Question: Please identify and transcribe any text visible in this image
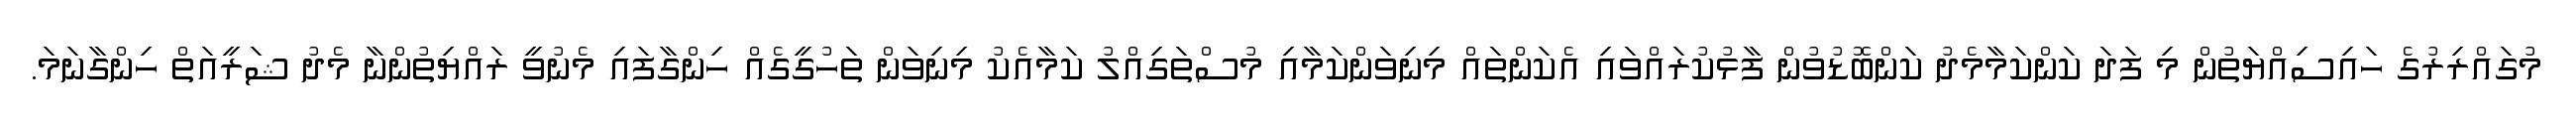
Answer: މުގައްރިރުގެ ހައިސިއްޔަތުން މި ފަދަ ކަންކަމާމެދު ކަންބޮޑުވުން ފާޅުކުރައްވައި އެކަންތައް މިނިވަންކަމާއި މުސްތަގިއްލު ކަމާއެކު މިނިވަން ތަހުގީގެއް ހިންގާފައި މެނުވީ ރައްޔިތުންނާ މެދު ޝަރީއަތް ހިންގާނަމަ.